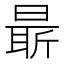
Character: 𣉛